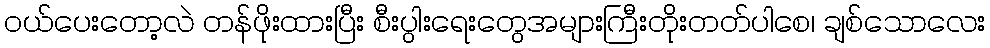
ဝယ်ပေးတော့လဲ တန်ဖိုးထားပြီး စီးပွါးရေးတွေအများကြီးတိုးတတ်ပါစေ၊ ချစ်သောလေး